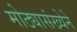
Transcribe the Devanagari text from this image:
मोठ्यासंख्येने